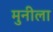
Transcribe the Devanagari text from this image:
मुनीला